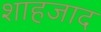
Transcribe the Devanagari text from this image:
शाहजाद